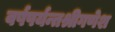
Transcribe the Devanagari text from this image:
वर्षपर्यन्तश्रीगणेश